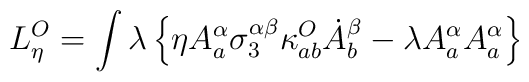
L_\eta^O = \int\lambda\left\{\eta A^\alpha_a \sigma^{\alpha\beta}_3 \kappa_{ab}^O\dot {A}^\beta_b - \lambda A_a^\alpha A_a^\alpha\right\}